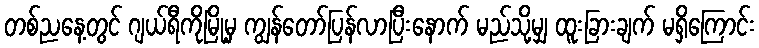
တစ်ညနေ့တွင် ဂျယ်ရီကိုမြို့မှ ကျွန်တော်ပြန်လာပြီးနောက် မည်သို့မျှ ထူးခြားချက် မရှိကြောင်း